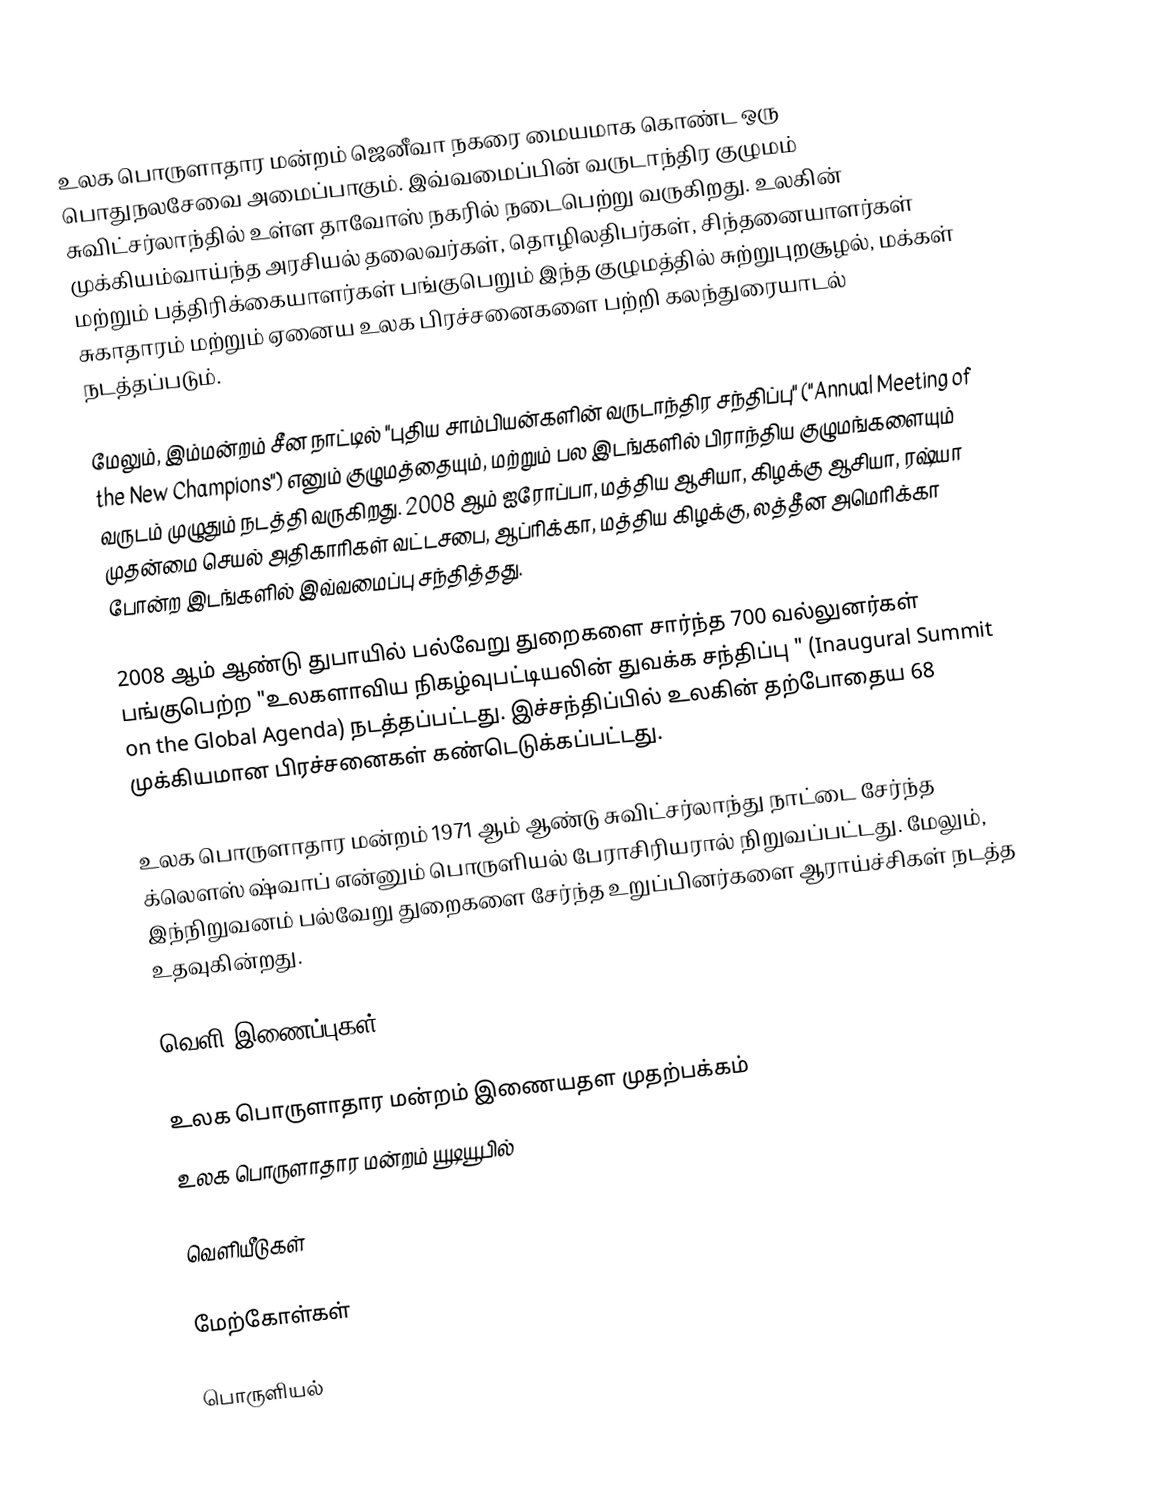
உலக பொருளாதார மன்றம் ஜெனீவா நகரை மையமாக கொண்ட ஒரு பொதுநலசேவை அமைப்பாகும். இவ்வமைப்பின் வருடாந்திர குழுமம் சுவிட்சர்லாந்தில் உள்ள தாவோஸ் நகரில் நடைபெற்று வருகிறது. உலகின் முக்கியம்வாய்ந்த அரசியல் தலைவர்கள், தொழிலதிபர்கள், சிந்தனையாளர்கள் மற்றும் பத்திரிக்கையாளர்கள் பங்குபெறும் இந்த குழுமத்தில் சுற்றுபுறசூழல், மக்கள் சுகாதாரம் மற்றும் ஏனைய உலக பிரச்சனைகளை பற்றி கலந்துரையாடல் நடத்தப்படும்.

மேலும், இம்மன்றம் சீன நாட்டில் "புதிய சாம்பியன்களின் வருடாந்திர சந்திப்பு" ("Annual Meeting of the New Champions") எனும் குழுமத்தையும், மற்றும் பல இடங்களில் பிராந்திய குழுமங்களையும் வருடம் முழுதும் நடத்தி வருகிறது. 2008 ஆம் ஐரோப்பா, மத்திய ஆசியா, கிழக்கு ஆசியா, ரஷ்யா முதன்மை செயல் அதிகாரிகள் வட்டசபை, ஆப்ரிக்கா, மத்திய கிழக்கு, லத்தீன அமெரிக்கா போன்ற இடங்களில் இவ்வமைப்பு சந்தித்தது.

2008 ஆம் ஆண்டு துபாயில் பல்வேறு துறைகளை சார்ந்த 700  வல்லுனர்கள் பங்குபெற்ற  "உலகளாவிய நிகழ்வுபட்டியலின் துவக்க சந்திப்பு " (Inaugural Summit on the Global Agenda) நடத்தப்பட்டது. இச்சந்திப்பில் உலகின் தற்போதைய 68 முக்கியமான பிரச்சனைகள் கண்டெடுக்கப்பட்டது.

உலக பொருளாதார மன்றம் 1971 ஆம் ஆண்டு சுவிட்சர்லாந்து நாட்டை சேர்ந்த க்லௌஸ் ஷ்வாப் என்னும் பொருளியல் பேராசிரியரால் நிறுவப்பட்டது. மேலும், இந்நிறுவனம் பல்வேறு துறைகளை சேர்ந்த உறுப்பினர்களை ஆராய்ச்சிகள் நடத்த உதவுகின்றது.

வெளி இணைப்புகள்

 உலக பொருளாதார மன்றம் இணையதள முதற்பக்கம்
 உலக பொருளாதார மன்றம் யூடியூபில்

வெளியீடுகள்

மேற்கோள்கள்

பொருளியல்